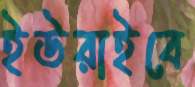
ইউরাইবে